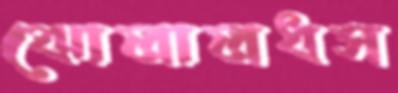
ঝোলালধস